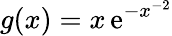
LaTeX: g(x)=x\, \mathrm{e}^{-x^{-2}}